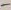
Text: -